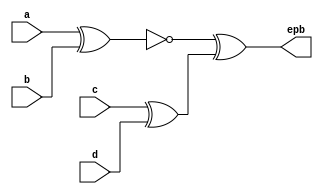
`timescale 1ns / 1ps

module epbg(
    input a,
    input b,
    input c,
    input d,

    output epb
);

assign epb = ~(a ^ b) ^ (c ^ d);

endmodule